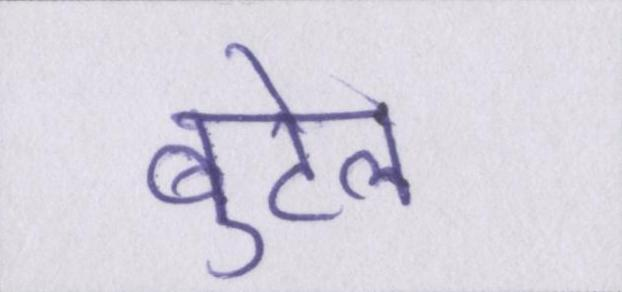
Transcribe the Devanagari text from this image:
बुटेल